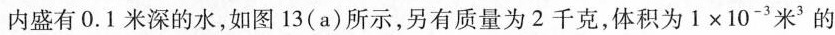
内盛有0.1米深的水，如图13(a)所示，另有质量为2千克，体积为$$1 \times 1 0 ^ { - 3 } 米 ^ { 3 }$$的